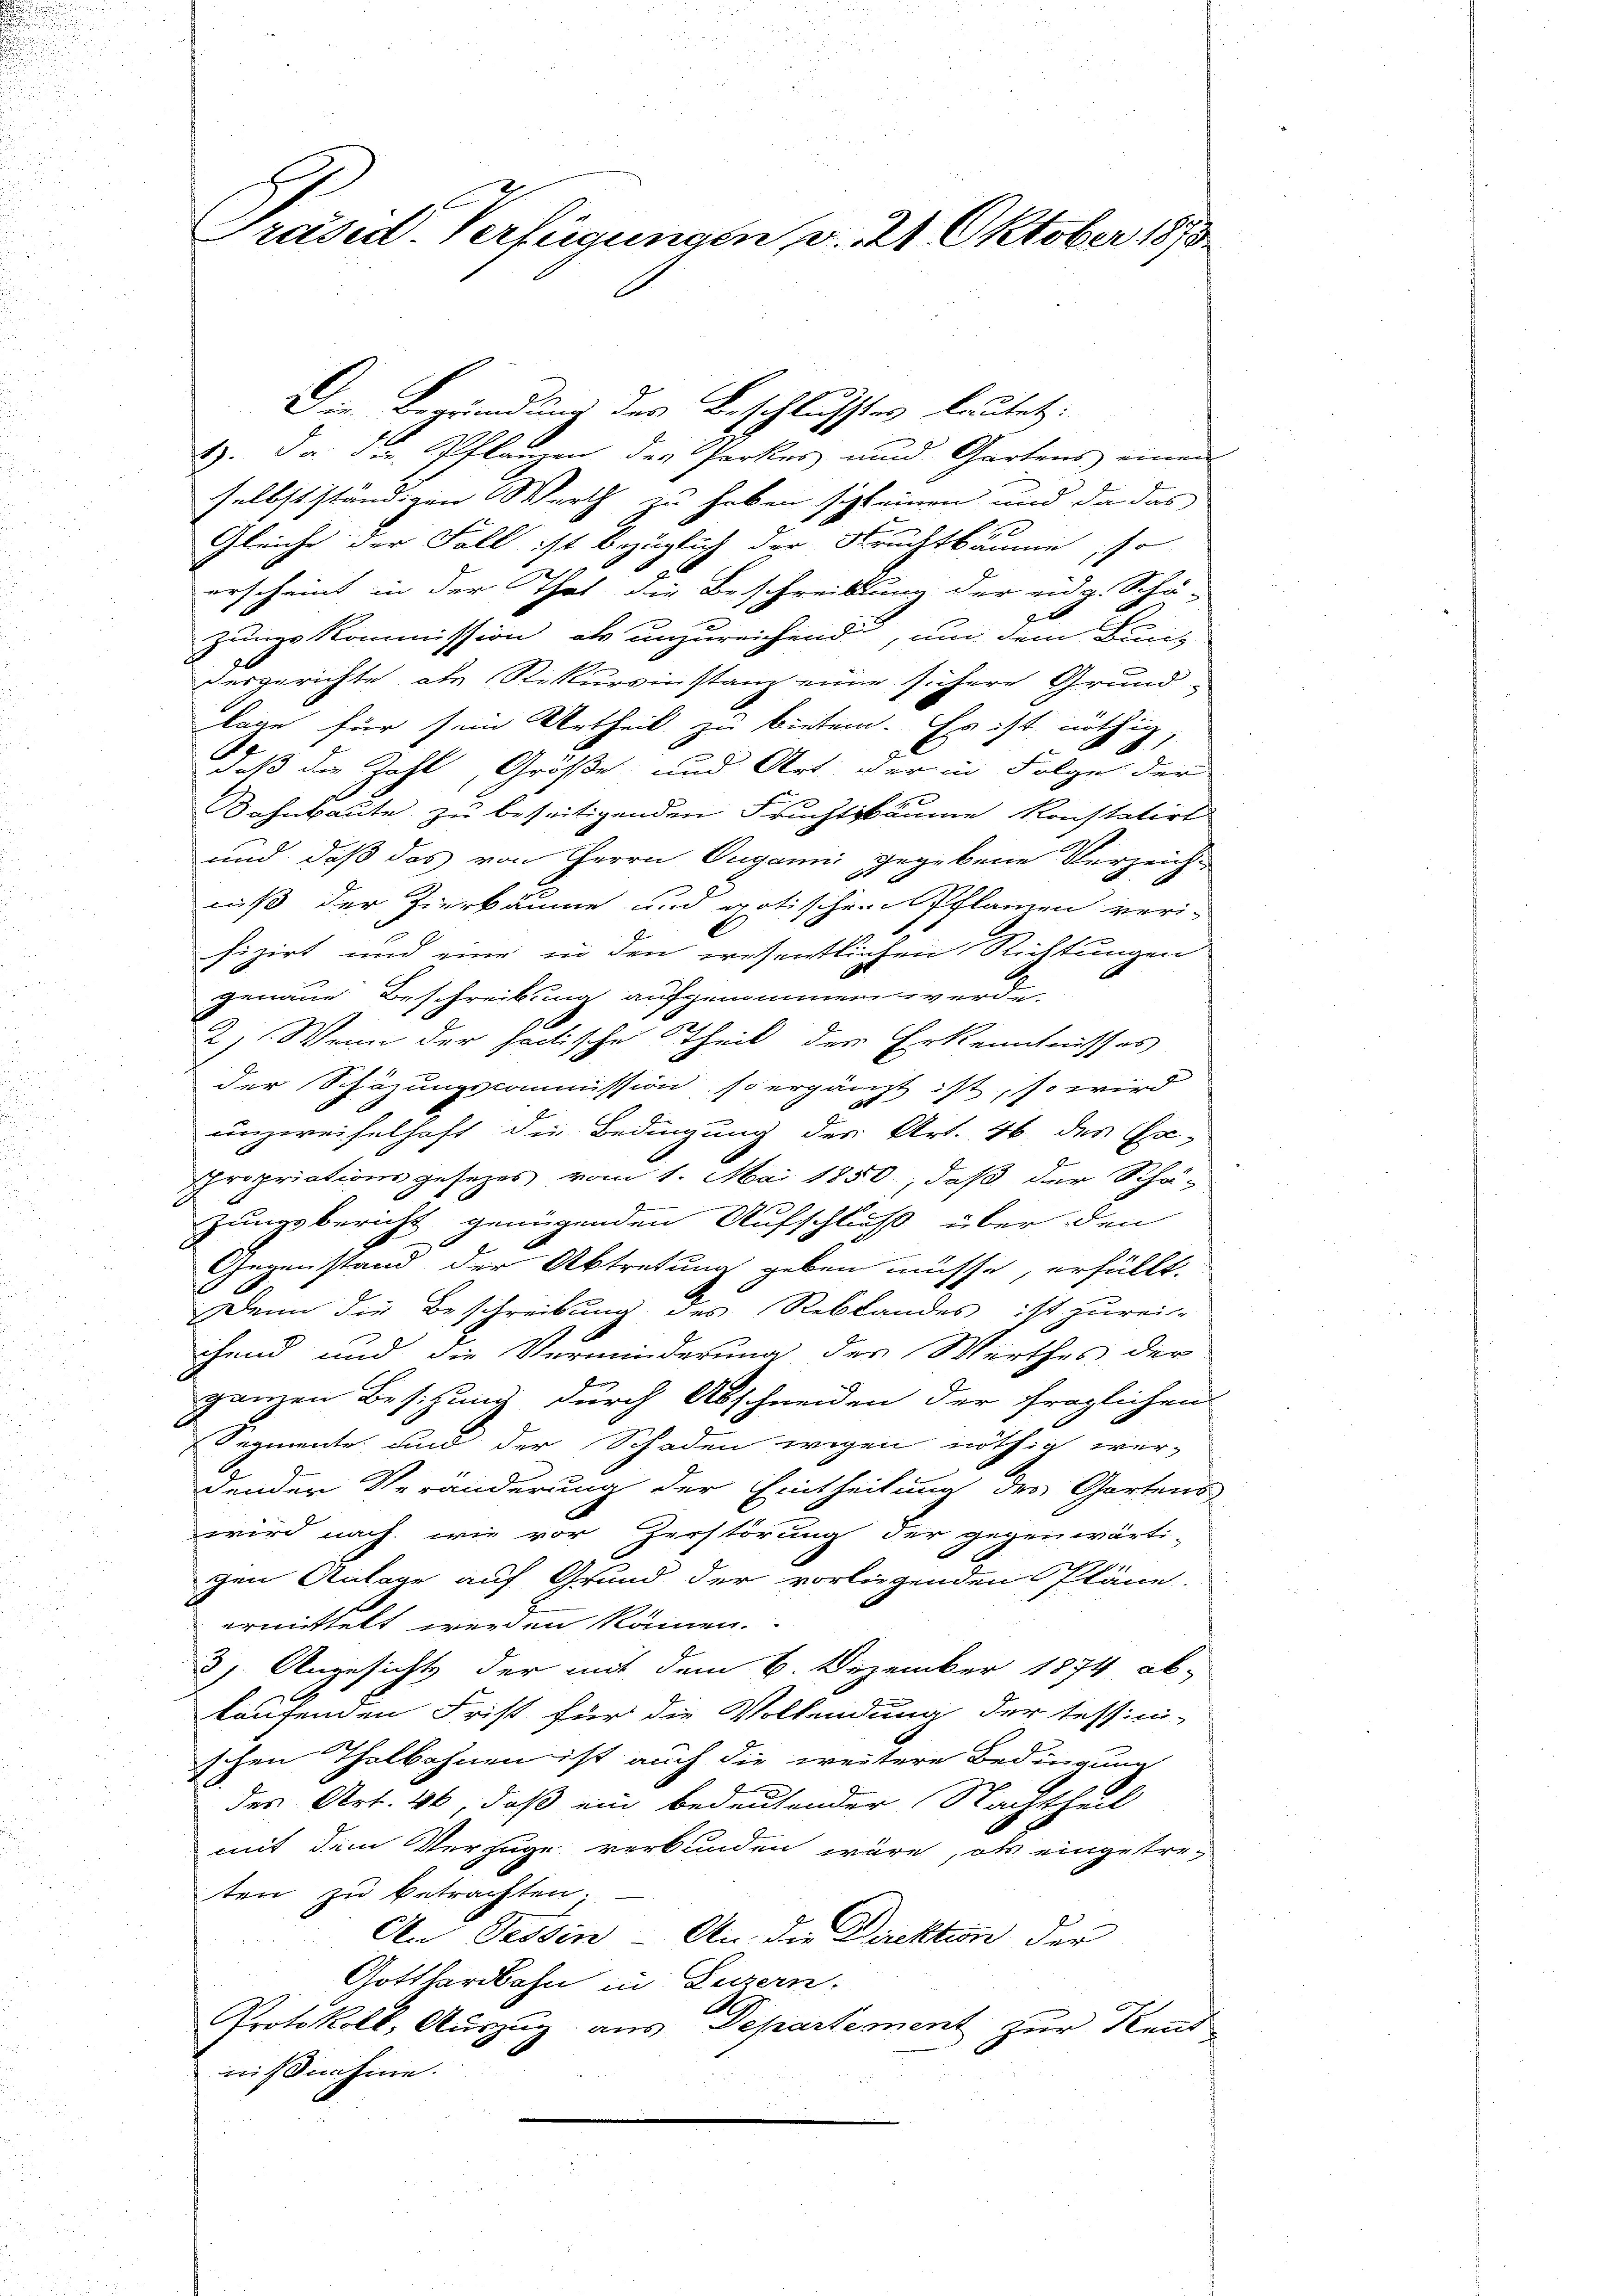
Präsid. Verfügungen, v. 21. Oktober 1873.

Die Begründung des Beschlusstes lautet:
1). Da die Pflanzen des Parkes und Gartens einen
selbstständigen Werth zu haben schleinen und da das
Gleiche der Fall ist bezüglich der Fruchtbäume, so
2
erscheint in der That die Beschreibung der eidg. Schö-
t
zungskommission als unzureichend, um dem Bini-
dergerichte als Rekursinstanz eine sichere Grund
lage für sein Urtheil zu bieten. Er ist nöthig,
daß die Zahl, Größe und Art der in Folge der
Bahnbaute zu beseitigenden Fruchtbäume konstatirt
und, daß das von Herrn Duganni gegebene Verzeicht
niß der Zierkäume und gotischen Pflanzen ver-
fizirt und eine in den wesentlichen Richtungen
genaue Beschreibung aufgenommen werde.
2) Wenn der factische Theil der Erkenntnisses
der Schäzungscommission so ergänzt ist, so wird
unzweifelhaft die Bedingung des Art. 46 des Ex-
propriationsgesetzes vom 1. Mai 1850, daß der Schä-
zungsbericht genügenden Aufschluß über den
Gegenstand der Abtretung geben müsse, erfüllt.
Denn die Beschreibung des Reblandes ist zurei-
chend und die Verminderung des Werthes der
ganzen Besitzung durch Abschneiden der fraglichen
Segmente, und der Schaden wegen nöthig wer-
dender Veränderung der Eintheilung des Gartens
wird nach, wie vor Zerstörung der gegenwärti-
gen Anlage auf Grund der vorliegenden Pläne.
ermittelt werden kämen.
3). Angesichts der mit dem 6. Dezember 1874 ab-
kaufenden Frist für die Volkendung der Tessini-
schen Thalbahnen ist auch die weitere Bedingung
des Art. 46, daß ein bedeutender Nachtheil
mit dem Verzüge verbunden wäre, als eingetreten zu betrachten;
An Tessin - An die Direktion der
Gotthardbahn in Luzern.
Protokoll, Auszug aus Departement zur Kennt
nißnahme.